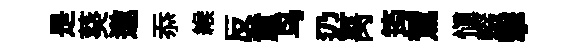
是葵邀忝緱反童鸟辸昺筠駕慎輟擊